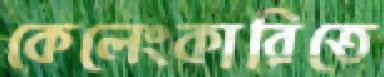
কেলেংকারিতে